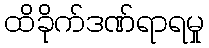
ထိခိုက်ဒဏ်ရာရမှု